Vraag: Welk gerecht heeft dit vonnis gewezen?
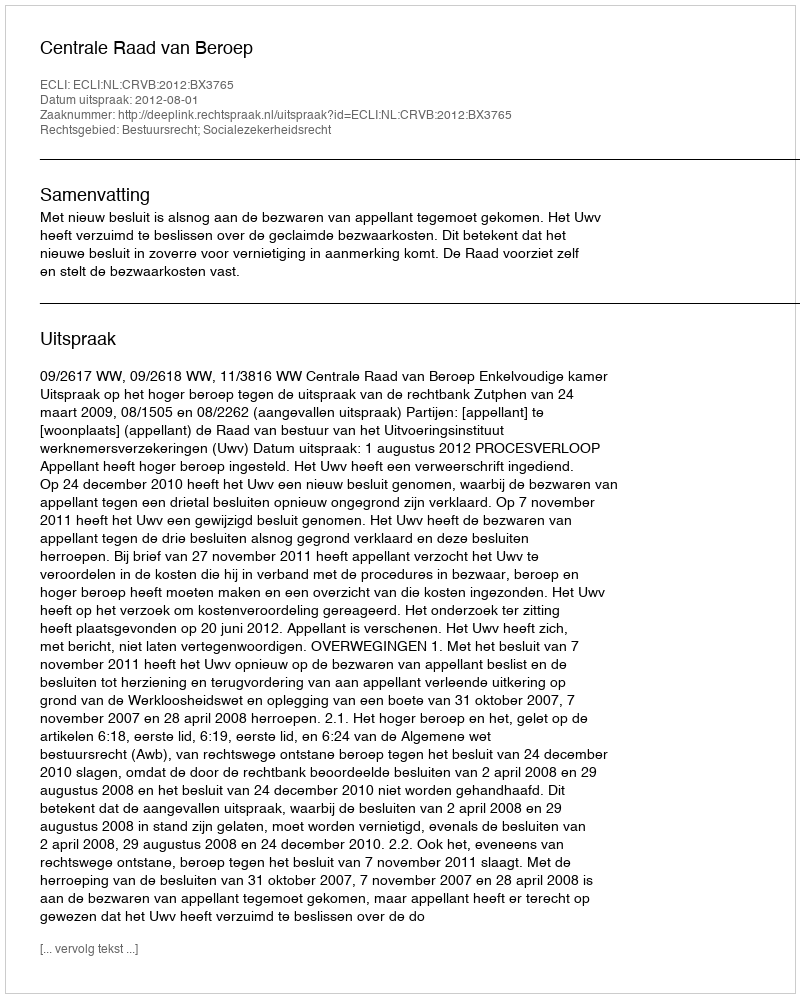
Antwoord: Centrale Raad van Beroep